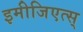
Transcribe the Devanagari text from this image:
इमीजिएत्स्